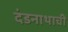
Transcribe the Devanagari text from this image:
दंडनाथाची